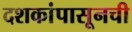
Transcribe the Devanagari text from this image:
दशकांपासूनची